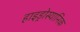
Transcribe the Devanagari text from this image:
हाइड्रोस्यानिक